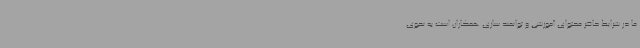
ما در شرایط حاضر محتوای آموزشی و توانمند سازی همکاران است به نحوی